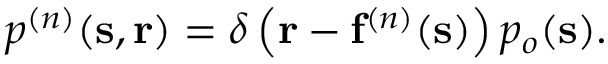
p ^ { ( n ) } ( \mathbf { s } , \mathbf { r } ) = \delta \left( { \mathbf { r } } - \mathbf { f } ^ { ( n ) } ( { \mathbf { s } } ) \right) p _ { o } ( \mathbf { s } ) .